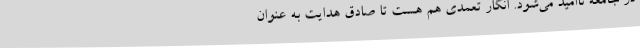
در جامعه ناامید می‌شود. انگار تعمدی هم هست تا صادق هدایت به عنوان